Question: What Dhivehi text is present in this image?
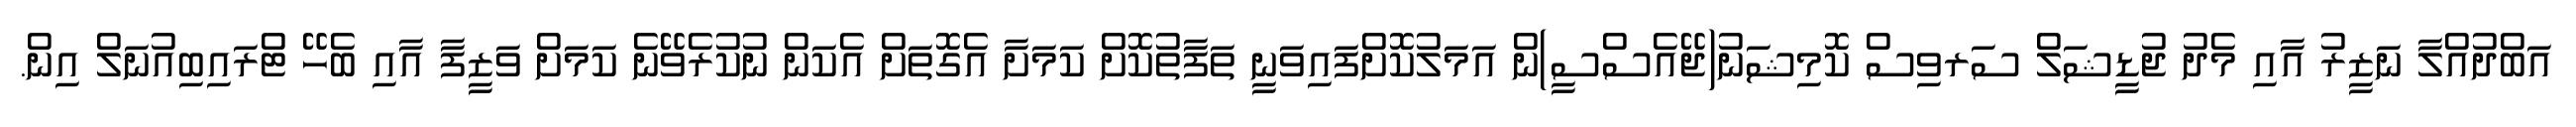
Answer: އަބްދުއްލާ ނަޒީރު އާއި މެދު ޖުޑީޝަލް ސަރވިސް ކޮމިޝަނު(ޖޭއެސްސީ)ން އަމަލުކޮށްފައިވަނީ ތަފާތުކޮށް ކަމަށާ އެގޮތަށް އެކަން ނުކުރެވޭނެ ކަމަށް ވަޒީފާ އާއި ބެހޭ ޓްރައިބިއުނަލް އިން.